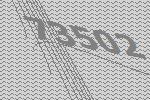
73502